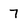
Character: 7